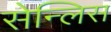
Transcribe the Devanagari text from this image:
सेन्लिस